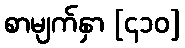
စာမျက်နှာ [၄၁၀]